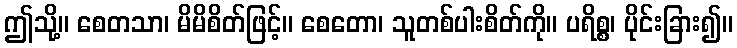
ဤသို့။ စေတသာ၊ မိမိစိတ်ဖြင့်။ စေတော၊ သူတစ်ပါးစိတ်ကို။ ပရိစ္စ၊ ပိုင်းခြား၍။